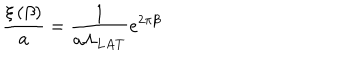
LaTeX: \frac { \xi \left( \beta \right) } { a } = \frac 1 { a \Lambda _ { L A T } } e ^ { 2 \pi \beta }